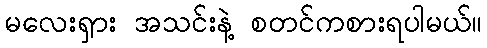
မလေးရှား အသင်းနဲ့ စတင်ကစားရပါမယ်။